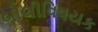
બોલીવિષયક